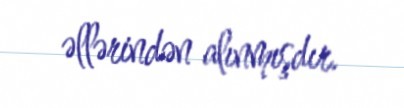
əllərindən alınmışdır.